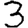
Digit: 3